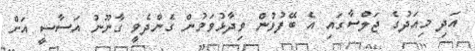
އަދި މިއަދުގެ ޖަލްސާގައި އެ ބޭފުޅުން ވިދާޅުވަމުން ގެންދެވީ ގާނޫނު އަސާސީ އަށް